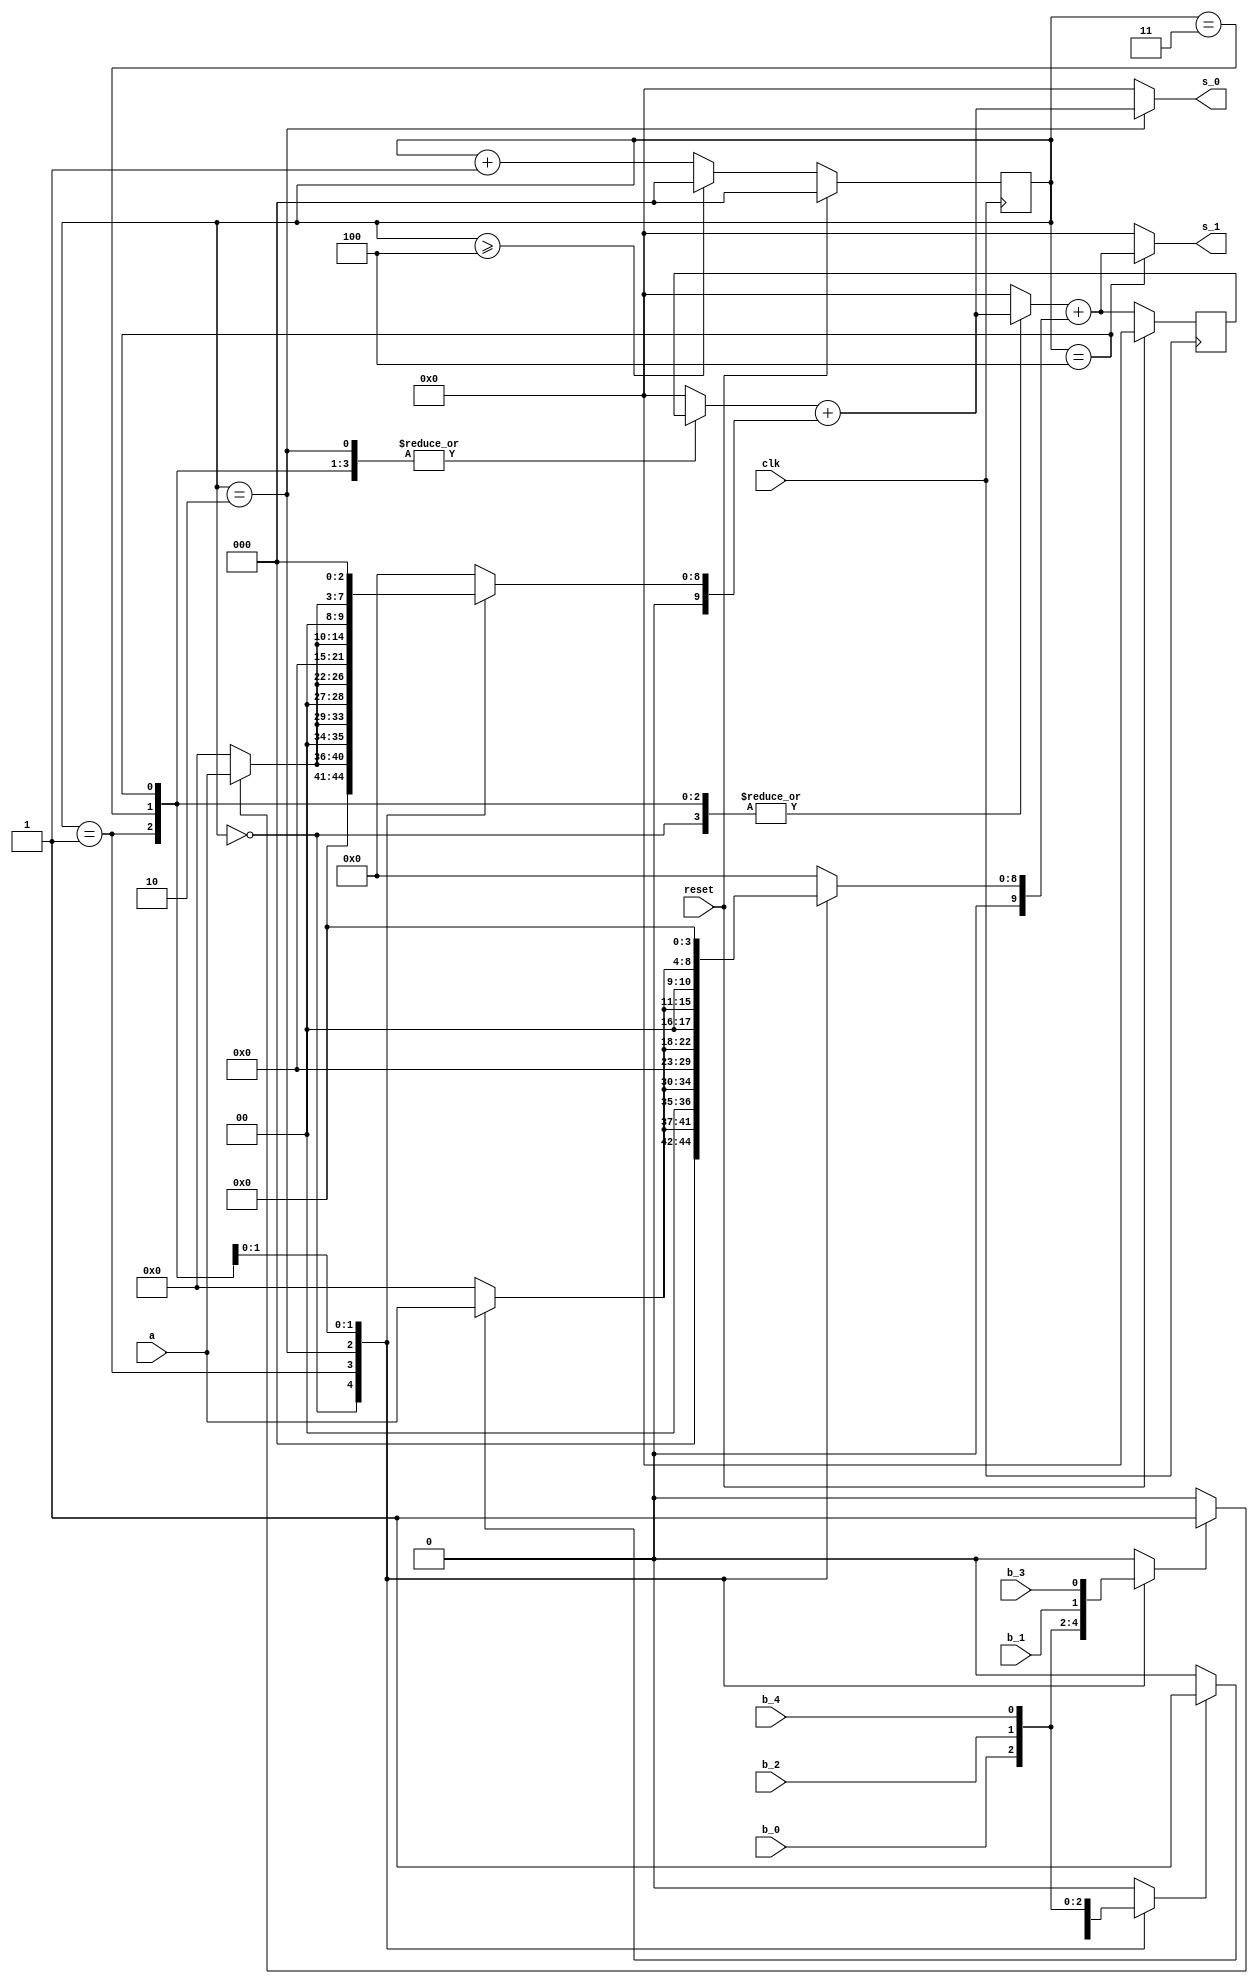
`timescale 1ns / 1ps
//////////////////////////////////////////////////////////////////////////////////
// 5-bit Multiplier
// Structure: 5-bit Multiplier with accumulate adder and unfolding factor 2
//
//////////////////////////////////////////////////////////////////////////////////

module Mul_5bits_J2 (
    input clk,
    input reset,
    input [4:0] a,
    input  b_0, b_1, b_2, b_3, b_4,
    output [9:0] s_0,s_1
);

wire sel_0, sel_1;
wire [4:0] a_in_0, a_in_1;
wire [9:0] acc_out_0, acc_out_1;

reg b_in_0, b_in_1;
reg [2:0] count;
reg [9:0] a_in_shift_0, a_in_shift_1;
reg [9:0] acc_in;
reg [9:0] adder_in_0, adder_in_1;


always @(posedge clk ) begin
    if(reset)
        count <= 3'd0;
    else if(count >= 3'd4) 
        count <= 3'd0;  
    else 
        count <= count + 1;
end

always @(*) begin
    case (count)
        3'd0: begin
            b_in_0 <= b_0;
            b_in_1 <= b_1;
        end
        3'd1: begin
            b_in_0 <= b_2;
            b_in_1 <= b_3;
        end
        3'd2: begin
            b_in_0 <= b_4;
            b_in_1 <= b_0;
        end
        3'd3: begin
            b_in_0 <= b_1;
            b_in_1 <= b_2;
        end
        3'd4: begin
            b_in_0 <= b_3;
            b_in_1 <= b_4;
        end
        default: begin
            b_in_0 <= 1'b0;
            b_in_1 <= 1'b0;
        end 
    endcase
end

assign sel_0 = (b_in_0)?1'b1:1'b0;
assign sel_1 = (b_in_1)?1'b1:1'b0;

assign a_in_0 = (sel_0)?a:5'd0;
assign a_in_1 = (sel_1)?a:5'd0;

always @(*) begin
    case (count)
        3'd0: begin
            a_in_shift_0 <= {5'd0,a_in_0};
            a_in_shift_1 <= {4'd0,a_in_1,1'd0};
        end 
        3'd1: begin
            a_in_shift_0 <= {3'd0,a_in_0,2'd0};
            a_in_shift_1 <= {2'd0,a_in_1,3'd0};
        end  
        3'd2: begin
            a_in_shift_0 <= {1'd0,a_in_0,4'd0};
            a_in_shift_1 <= {5'd0,a_in_1};
        end 
        3'd3: begin
            a_in_shift_0 <= {4'd0,a_in_0,1'd0};
            a_in_shift_1 <= {3'd0,a_in_1,2'd0};
        end 
        3'd4: begin
            a_in_shift_0 <= {2'd0,a_in_0,3'd0};
            a_in_shift_1 <= {1'd0,a_in_1,4'd0};
        end 
        default: begin
            a_in_shift_0 <= 10'd0;
            a_in_shift_1 <= 10'd0;
        end
    endcase
end

always @(posedge clk ) begin
    if(reset)
        acc_in <= 10'd0;
    else
        acc_in <= acc_out_1;
end

always @(*) begin
    case (count)
        3'd0: begin
            adder_in_0 <= 10'd0;
            adder_in_1 <= acc_out_0;
        end
        3'd1: begin
            adder_in_0 <= acc_in;
            adder_in_1 <= acc_out_0;
        end 
        3'd2: begin
            adder_in_0 <= acc_in;
            adder_in_1 <= 10'd0;
        end 
        3'd3: begin
            adder_in_0 <= acc_in;
            adder_in_1 <= acc_out_0;
        end 
        3'd4: begin
            adder_in_0 <= acc_in;
            adder_in_1 <= acc_out_0;
        end         
        default: begin
            adder_in_0 <= 10'd0;
            adder_in_1 <= 10'd0;
        end 
    endcase      
end

assign acc_out_0 = adder_in_0 + a_in_shift_0;
assign acc_out_1 = adder_in_1 + a_in_shift_1;

assign s_0 = (count==3'd2)?acc_out_0:10'd0;
assign s_1 = (count==3'd4)?acc_out_1:10'd0;

endmodule